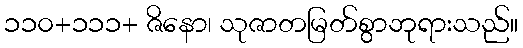
၁၁၀+၁၁၁+ ဇိနော၊ သုဇာတမြတ်စွာဘုရားသည်။